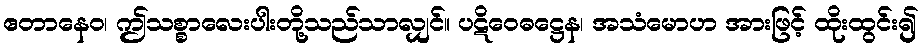
ဧတာနေဝ၊ ဤသစ္စာလေးပါးတို့သည်သာလျှင်။ ပဋိဝေဓဋ္ဌေန၊ အသံမောဟ အားဖြင့် ထိုးထွင်း၍